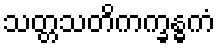
သတ္တသတိကက္ခန္ဓကံ